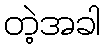
တဲ့အခါ